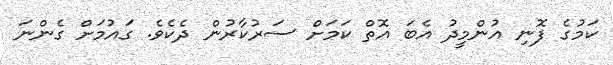
ކަމުގެ ފޮނި އުންމީދު އެބަ އޮތް ކަމަށް ސަރުކާރުން ދެކެވެ. ގައުމަށް ގެންނަ